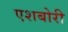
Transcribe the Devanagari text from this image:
एशबोरी